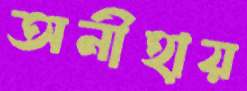
অনীহায়